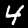
Label: 4